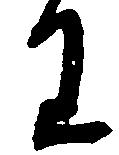
わ